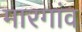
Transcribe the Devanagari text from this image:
मारगांव